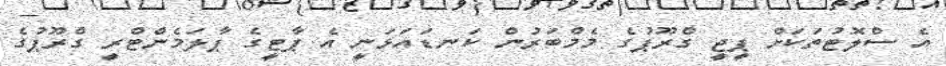
އެ ސްލޮޓުތަކަށް ޕީޖީ ގްރޫޕުގެ މެމްބަރުން ކަނޑައަޅަނީ އެ ޕާޓީގެ ޕާލަމެންޓްރީ ގްރޫޕުގެ